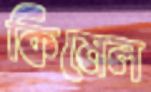
কিমেল